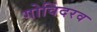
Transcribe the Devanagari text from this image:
गोविंदरव